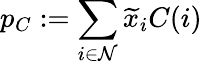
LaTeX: p_{C}:=\sum_{i\in\mathcal{N}}\widetilde{x}_{i}C(i)